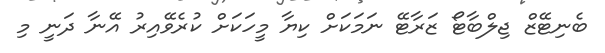
ބެނިޓޭޒް ޖިލްބާޓޯ ޒަރާޓޭ ނަމަކަށް ކިޔާ މީހަކަށް ކުރެވޭއިރު އޭނާ ދަނީ މި